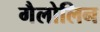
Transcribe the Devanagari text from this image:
गैलोलिन